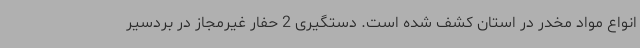
انواع مواد مخدر در استان کشف شده است. دستگیری 2 حفار غیرمجاز در بردسیر